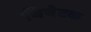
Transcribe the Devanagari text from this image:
थियेटक